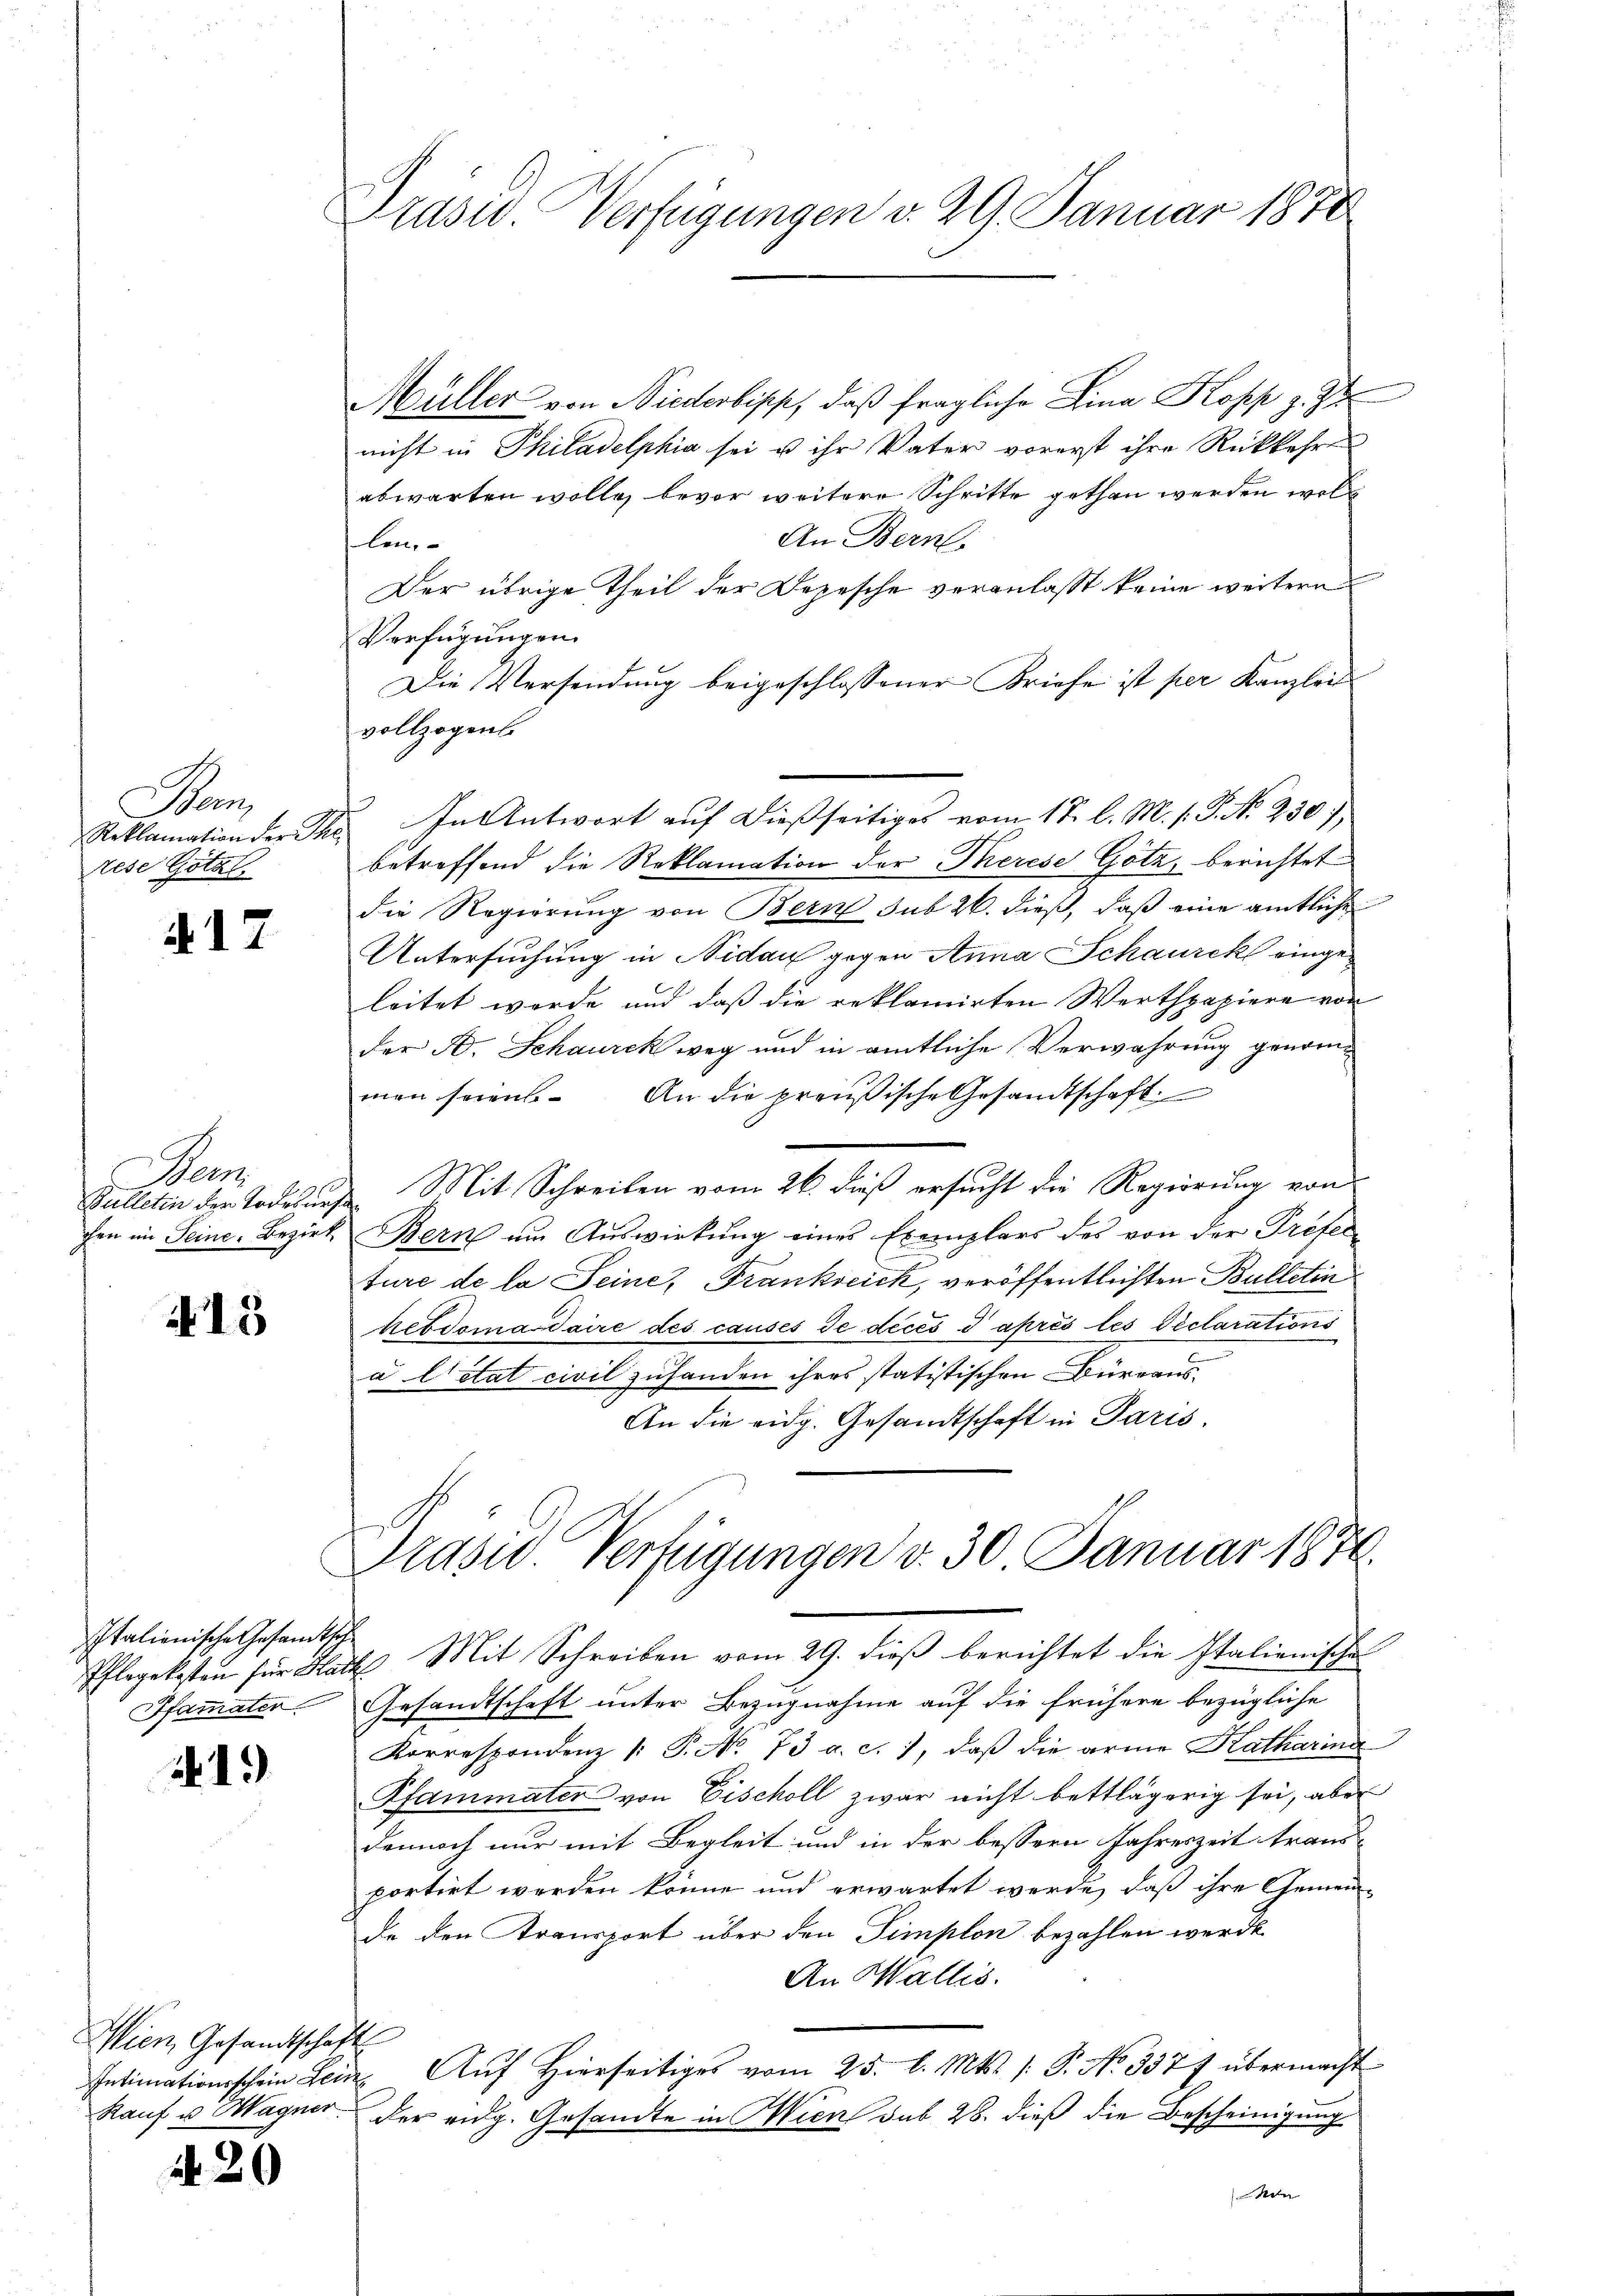
Ban
rese Götzl

i 17

en

15

Italienische Gesandtsch
Pfammater

419

Wien, Gesandtschaft

20

Präsid. Verfügungen v. 29. Januar 1870

Müller von Niederbiss, daß fragliche Lina Kopp z. Zt
nicht in Philadelphia sei u ihr Vater vorerst ihre Rückkehr
abwarten wolle, bevor weitere Schritte gethan werden woll
An Bern.
len.
Der übrige Theil der Depesche veranlasst keine weitern
Verfügungen.
Die Versendung beigeschlossener Briefe ist per Kanzlei
vollzogens
Reklamation der The. In Antwort aŭf dießseitiges vom 17. l. M. s. S. N. 230)
betreffend die Reklamation der Therese Götz, berichtet
die Regierung von Bern sub 26. dieß, daß eine amtliche
Untersuchung in Nidau gegen Anna Schaurck eingeleitet werde und daß die reklamirten Werthpapiere von
der B. Schaurek weg und in amtliche Verwahrung genommen seien. An die preußische Gesandtschaft
Sulletin der Todesurs. Mit Schreiben vom 26. dieß ersucht die Regierung von
chen im Seine Bezirk Bern um Auswirkung eines Exemplars des von der Preferture de la Seine, Frankreick, veröffentlichten Bulletin
hebdomaidaire des causes de deces 3 après les Declarations
a Citat civil zuhanden ihres statistischen Büreaus-
An die eidg. Gesandtschaft in Paris.
Präsid. Verfügungen d. 30 Januar 1874.
Pflegekosten für Haut Mit Schreiben vom 29. dieß berichtet die Italienische
Gesandtschaft unter Bezugnahme auf die frühere bezügliche
Korrespondenz /: P. No 73 a. c. 1, daß die arme Katharina
Pfammater von Eischoll zwar nicht bettlägerig sei, aber
dennoch nur mit Begleit und in der bessern Jahreszeit transportirt werden könne und erwartet werde, daß ihre Gemeinde den Kransport über den Simplon bezahlen werde.
An Wallis.
Intimationsschein Lein Aŭf Hierseitiges vom 25. l. Mts. /: P. No 337 f übermacht
Kauf u. Wagner. Der eidg. Gesandte in Wien sub 28. dieß die Bescheinigung
Ader